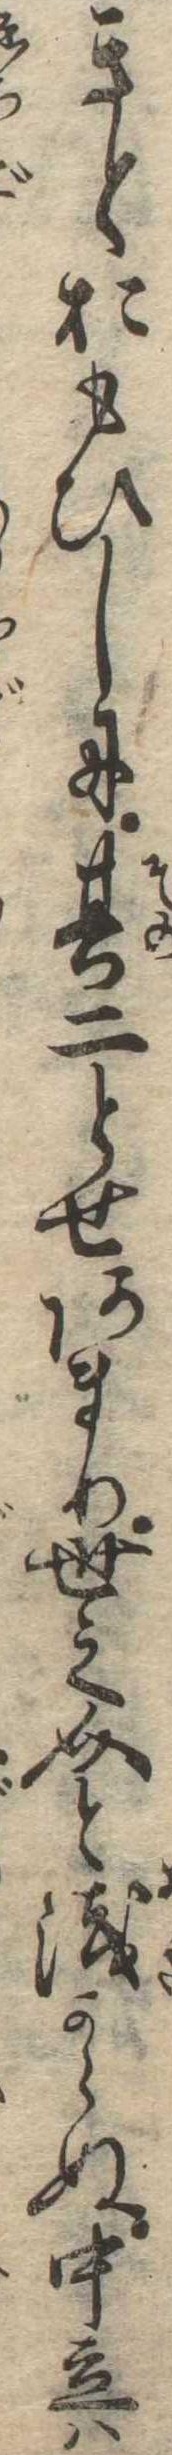
きとおもひしに其二とせあまり世之介と浅からぬ中立は